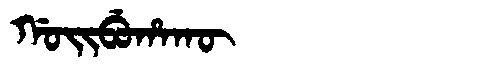
Manchu: ᡤᠣᡳᠪᡠᡥᠠᡴᡡ
Romanization: GOIBUHAKŪ